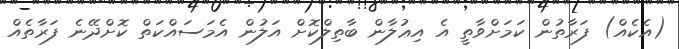
(އެކެއް) ފަރާތުން ކަމަށްވާތީ އެ އިޢުލާން ބާތިލްކޮށް އަލުން އެމަސައްކަތް ކޮށްދޭނެ ފަރާތެއް